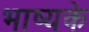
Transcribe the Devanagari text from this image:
भाष्यके